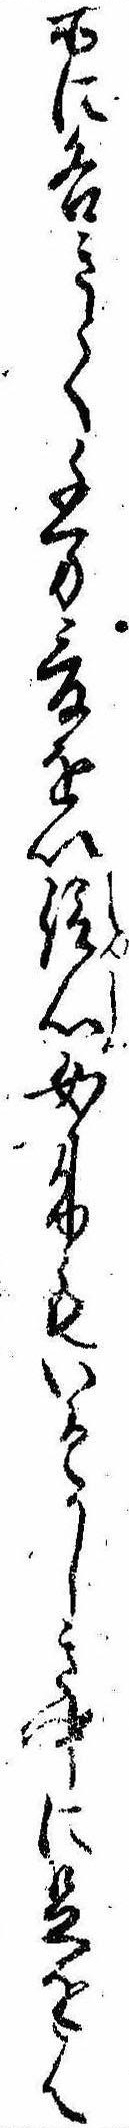
所に各きどく千万爰を以信心女来もいそかしき中に足をは